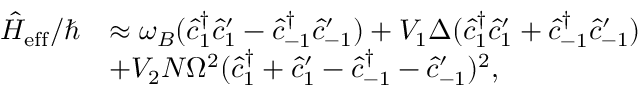
\begin{array} { r l } { \hat { H } _ { \mathrm { e f f } } / \hbar } & { \approx \omega _ { B } ( \hat { c } _ { 1 } ^ { \dagger } \hat { c } _ { 1 } ^ { \prime } - \hat { c } _ { - 1 } ^ { \dagger } \hat { c } _ { - 1 } ^ { \prime } ) + V _ { 1 } \Delta ( \hat { c } _ { 1 } ^ { \dagger } \hat { c } _ { 1 } ^ { \prime } + \hat { c } _ { - 1 } ^ { \dagger } \hat { c } _ { - 1 } ^ { \prime } ) } \\ & { + V _ { 2 } N \Omega ^ { 2 } ( \hat { c } _ { 1 } ^ { \dagger } + \hat { c } _ { 1 } ^ { \prime } - \hat { c } _ { - 1 } ^ { \dagger } - \hat { c } _ { - 1 } ^ { \prime } ) ^ { 2 } , } \end{array}